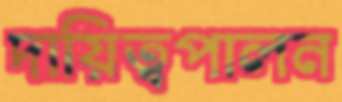
দায়িত্বপালন